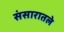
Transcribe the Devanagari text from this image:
संसारातले